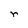
Character: r